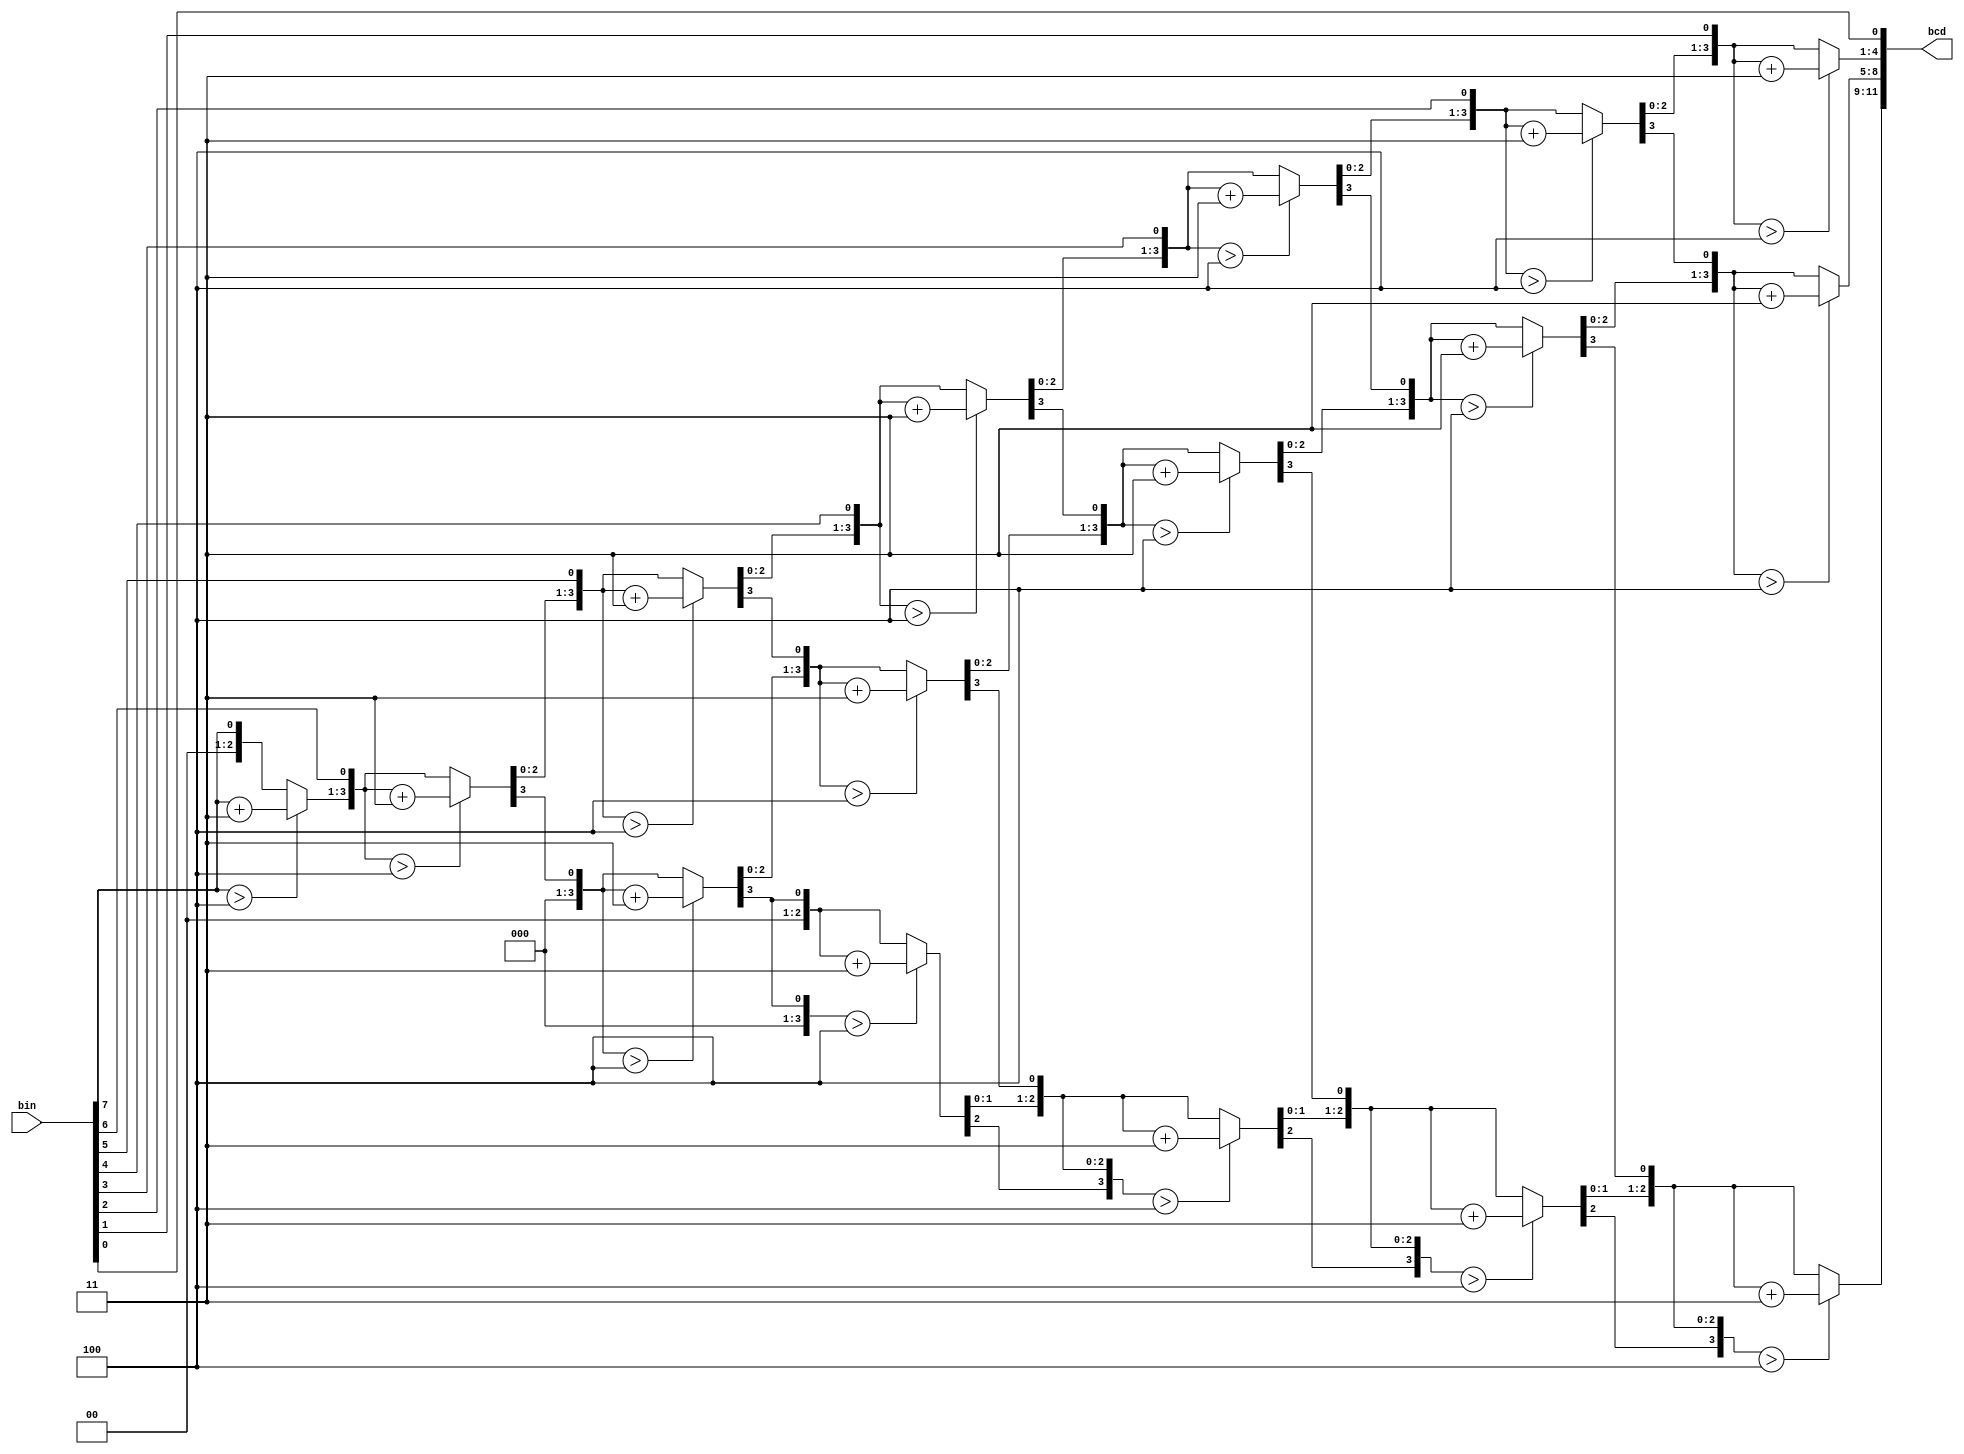
module bin_to_bcd(
	input wire[7:0] bin,
	output reg[11:0] bcd);

integer i;

always @(bin) begin
	bcd = 0;

	for (i = 0; i < 8; i = i+1) begin
		if (bcd[3:0] > 4)
			bcd[3:0] = bcd[3:0] + 3;

		if (bcd[7:4] > 4)
			bcd[7:4] = bcd[7:4] + 3;

		if (bcd[11:8] > 4)
			bcd[11:8] = bcd[11:8] + 3;

		// Concatenate acts as a shift
		bcd = {bcd[10:0], bin[7-i]};
	end
end

endmodule